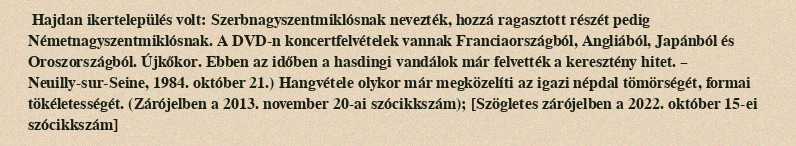
Hajdan ikertelepülés volt: Szerbnagyszentmiklósnak nevezték, hozzá ragasztott részét pedig Németnagyszentmiklósnak. A DVD-n koncertfelvételek vannak Franciaországból, Angliából, Japánból és Oroszországból. Újkőkor. Ebben az időben a hasdingi vandálok már felvették a keresztény hitet. – Neuilly-sur-Seine, 1984. október 21.) Hangvétele olykor már megközelíti az igazi népdal tömörségét, formai tökéletességét. (Zárójelben a 2013. november 20-ai szócikkszám); [Szögletes zárójelben a 2022. október 15-ei szócikkszám]